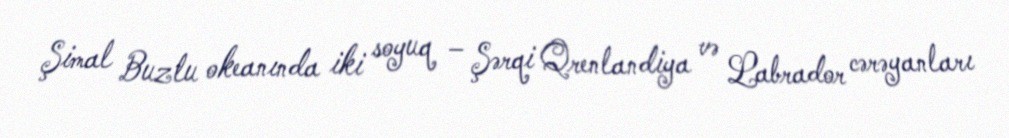
Şimal Buzlu okeanında iki soyuq – Şərqi Qrenlandiya və Labrador cərəyanları